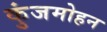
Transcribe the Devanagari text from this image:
कुंजमोहन